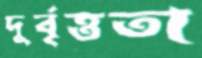
দুর্বৃত্ততা